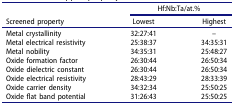
|  | <COLSPAN=2> Hf:Nb:Ta/at.% |
 | Screened property | Lowest | Highest |
 | --- | --- | --- |
 | Metal crystallinity | 32:27:41 | – |
 | Metal electrical resistivity | 25:38:37 | 34:35:31 |
 | Metal nobility | 34:35:31 | 25:48:27 |
 | Oxide formation factor | 26:30:44 | 26:50:34 |
 | Oxide dielectric constant | 26:30:44 | 26:50:34 |
 | Oxide electrical resistivity | 28:43:29 | 28:33:39 |
 | Oxide carrier density | 34:32:34 | 25:50:25 |
 | Oxide flat band potential | 31:26:43 | 25:50:25 |